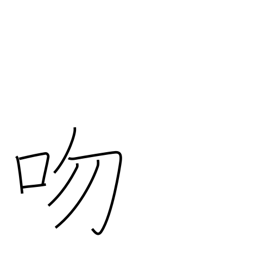
Meaning: proboscis